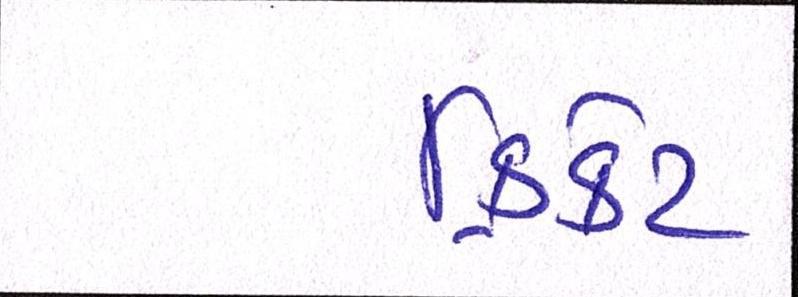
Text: ક્રિકેટ